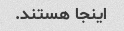
اینجا هستند.